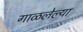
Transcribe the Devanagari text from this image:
गाळलेल्या